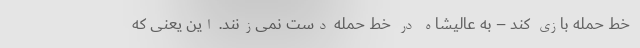
خط حمله بازی کند – به عالیشاه در خط حمله دست نمی‌زنند. این یعنی که